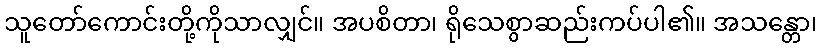
သူတော်ကောင်းတို့ကိုသာလျှင်။ အပစိတာ၊ ရိုသေစွာဆည်းကပ်ပါ၏။ အသန္တော၊